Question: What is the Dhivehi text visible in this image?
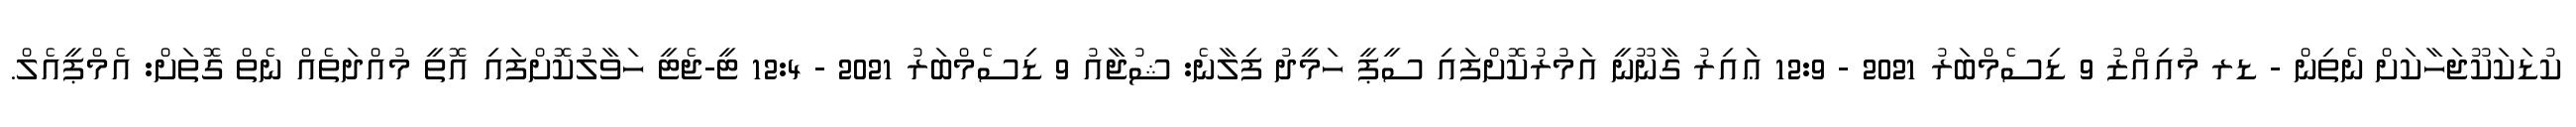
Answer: ކުޑަކަކޫޖަހާކަށް ނެތިން - ޑރ މުއިއްޒު 9 ޑިސެމްބަރު 2021 - 12:9 ޢައިރު ގާނޫނީ އަމުރުކޮށްފައި ސީޕީ ހަމީދު ފިލާނެ: ޝުޖާއު 9 ޑިސެމްބަރު 2021 - 12:4 ޓީ-ޖެޓީ ހަވާލުކޮށްފައި އޮތީ މުއްދަތެއް ނެތް ގޮތަށް: އެމްޕީއެލް.